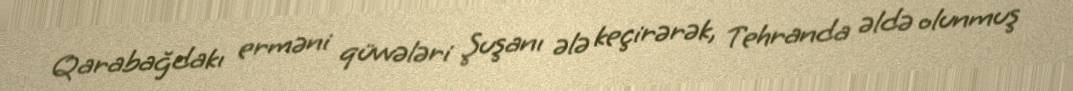
Qarabağdakı erməni qüvvələri Şuşanı ələ keçirərək, Tehranda əldə olunmuş